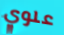
علوي